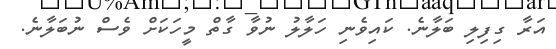
އަރާ ގިފިލި ބަލާނެ. ކައިވެނި ހަލާލު ނުވާ ގާތް މީހަކަށް ވެސް ނުބަލާނެ.